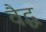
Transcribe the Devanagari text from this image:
वैद्ध